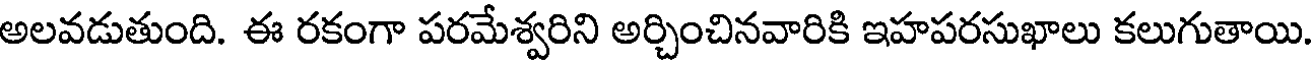
అలవడుతుంది. ఈ రకంగా పరమేశ్వరిని అర్చించినవారికి ఇహపరసుఖాలు కలుగుతాయి.